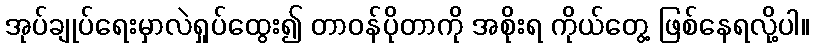
အုပ်ချုပ်ရေးမှာလဲရှုပ်ထွေး၍ တာဝန်ပိုတာကို အစိုးရ ကိုယ်တွေ့ ဖြစ်နေရလို့ပါ။